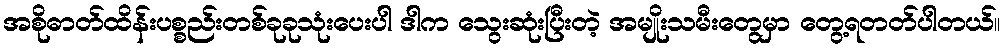
အစိုဓာတ်ထိန်းပစ္စည်းတစ်ခုခုသုံးပေးပါ ဒါက သွေးဆုံးပြီးတဲ့ အမျိုးသမီးတွေမှာ တွေ့ရတတ်ပါတယ်။